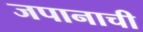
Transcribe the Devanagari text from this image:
जपानाची